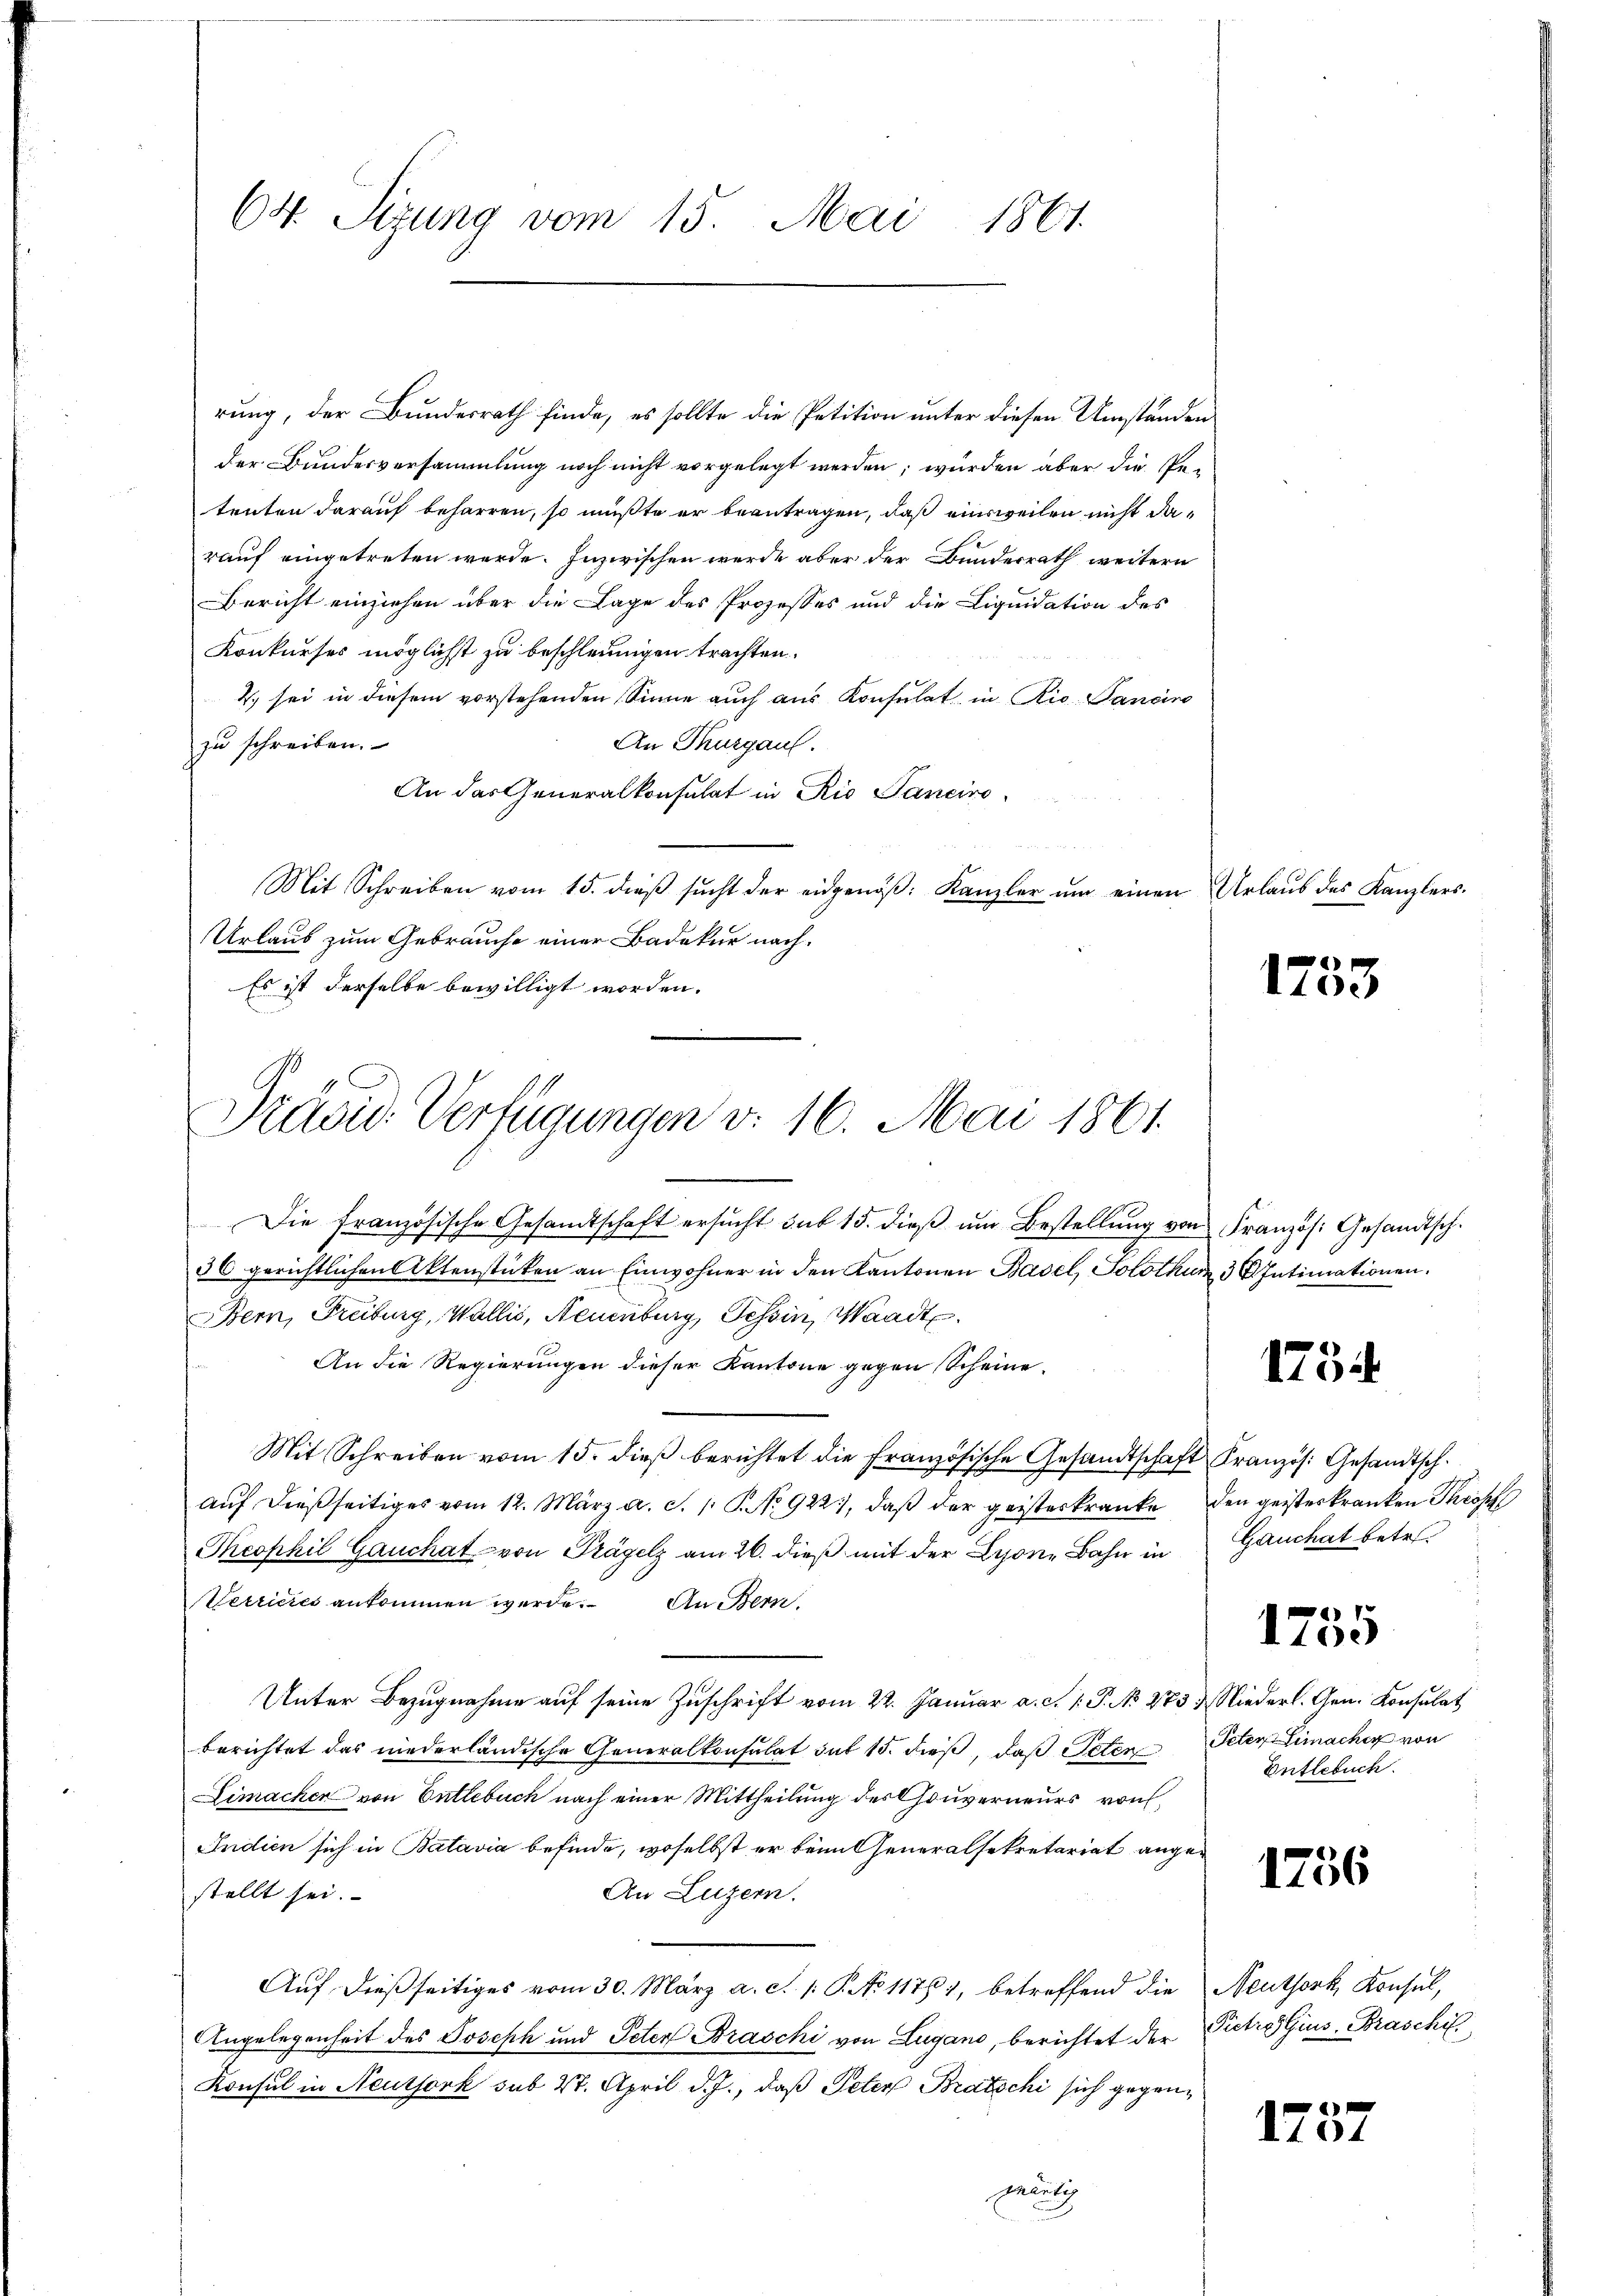
64. Sizung vom 15. Mai 1861

rung, der Bundesrath finde, es sollte die Petition unter diesen Umständen
der Bundesversammlung noch nicht vorgelegt werden; würden aber die Pe-
tenten darauf beharren, so müßte er beantragen, daß einsweilen nicht darauf eingetreten werde. Inzwischen werde aber der Bundesrath weitern
Bericht einziehen über die Lage des Prozesses und die Liquidation des
Konkurses möglichst zu beschleunigen trachten.
2) sei in diesem vorstehenden Sinne auch aus Konsulat in Rio Janeiro
An Thurgau.
zu schreiben.
An das Generalkonsulat in Rio Sanciro
Mit Schreiben vom 15. dieβ sŭcht der eidgenöβ: Kanzler ŭm einen Urlaŭb des Kanzlers.
Urlaub zum Gebrauche einer Badekur nach.
Es ist derselbe bewilligt worden.

Stand Verfügungen v. 16. Mai 1861.
n

Die französische Gesandtschaft ersŭcht sub 15. dieβ ŭm Bestellung von Französ. Gesandtsch.
36 gerichtlichen Aktenstücken an Einwohner in den Kantonen Basel, Solothur 3 S. Intimationen.
Bern, Freiburg, Wallis, Neuenburg, Tessin, Waadt.
An die Regierungen dieser Kantone gegen Scheine
Mit Schreiben vom 15. dieß berichtet die Französische Gesandtschaft Französ. Gesandtschaŭf dießseitiges vom 12. März a. S. 1 S. No 922), daβ der geisteskranke den geisteskranken Throsh
Theophil Gauchat von Trägelz am 26. dieß mit der Lyone Bahn in Gauchat betr.
Merrieres ankommen werde. An Bern.
Unter Bezugnahme auf seine Zuschrift vom 22. Januar a. c. 1. P. No 273 & Niederl. Gen. Konsulat
berichtet das niederländische Generalkonsulat sub 15. dieß, daß Peten
Limachen von Entlebuch nach einer Mittheilung des Gouverneurs von
Indien sich in Batavia befinde, woselbst er beim Generalsekretariat ange¬
An Luzern.
stellt sei.
Auf dießseitiges vom 30. März a. c. 1. P. No 11761, betreffend die Neuthork, Konsul,
Angelegenheit des Joseph und Peter Braschi von Lugano, berichtet der
Konsul in Neuthork sub 27. April d. J., daß Peter Bratschi sich gegengeutig

1233

1754

1755

Peter Limacher von
Entlebuch.

1756

Pietro Gius. Braschil

1737